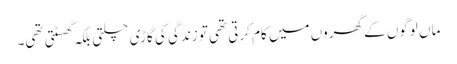
ماں لوگوں کے گھروں میں کام کرتی تھی تو زندگی کی گاڑی چلتی بلکہ گھسٹتی تھی۔